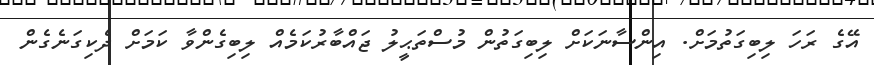
އޭގެ ރަހަ ލިބިގަތުމަށް. އިންސާނަކަށް ލިބިގަތުން މުސްތަޙީލު ޖައްބާރުކަމެއް ލިބިގެންވާ ކަމަށް ދެކިގަނެގެން